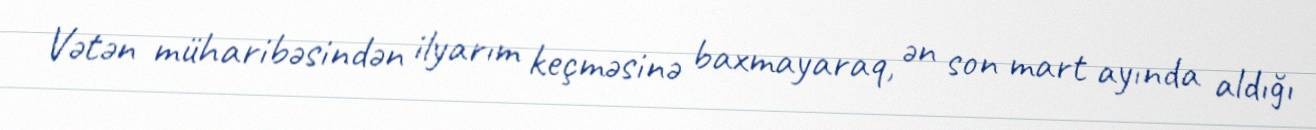
Vətən müharibəsindən ilyarım keçməsinə baxmayaraq, ən son mart ayında aldığı